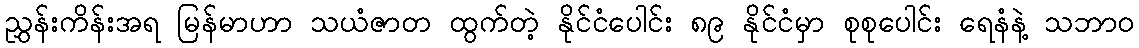
ညွှန်းကိန်းအရ မြန်မာဟာ သယံဇာတ ထွက်တဲ့ နိုင်ငံပေါင်း ၈၉ နိုင်ငံမှာ စုစုပေါင်း ရေနံနဲ့ သဘာဝ